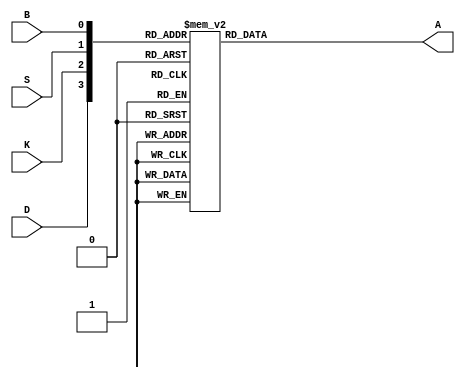
`timescale 1ns / 1ps
//////////////////////////////////////////////////////////////////////////////////
// Company: 
// Engineer: 
// 
// Design Name: 
// Module Name: project_final
// Project Name: 
// Target Devices: 
// Tool Versions: 
// Description: 
// 
// Dependencies: 
// 
// Revision:
// Revision 0.01 - File Created
// Additional Comments:
// 
//////////////////////////////////////////////////////////////////////////////////


module project_final(
    input D, K, S, B,
    output reg A
    );
    
    always@(D or K or S or B) begin
        case({D,K,S,B})
            4'b0000: A = 1'b0;
            4'b0001: A = 1'b0;
            4'b0010: A = 1'b0;
            4'b0011: A = 1'b0;
            4'b0100: A = 1'b1;
            4'b0101: A = 1'b1;
            4'b0110: A = 1'b1;
            4'b0111: A = 1'b1;
            4'b1000: A = 1'b0;
            4'b1001: A = 1'b0;
            4'b1010: A = 1'b0;
            4'b1011: A = 1'b0;
            4'b1100: A = 1'b1;
            4'b1101: A = 1'b0;
            4'b1110: A = 1'b1;
            4'b1111: A = 1'b0;
            default: A = 1'b0;
        endcase
     end
endmodule